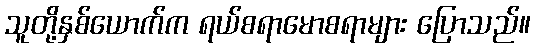
သူတို့နှစ်ယောက်က ရယ်စရာမောစရာများ ပြောသည်။